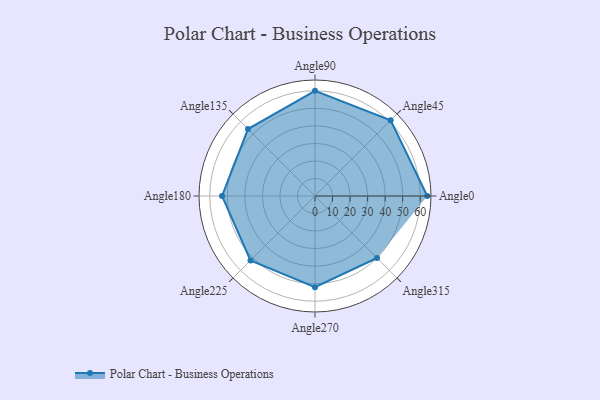
{"axis": {"x": "Angle", "y": "Radius"}, "legend": [""], "data": [{"x": "Angle0", "y": 64.0, "type": ""}, {"x": "Angle45", "y": 61.0, "type": ""}, {"x": "Angle90", "y": 60.0, "type": ""}, {"x": "Angle135", "y": 54.0, "type": ""}, {"x": "Angle180", "y": 53.0, "type": ""}, {"x": "Angle225", "y": 52.0, "type": ""}, {"x": "Angle270", "y": 52.0, "type": ""}, {"x": "Angle315", "y": 50, "type": ""}]}